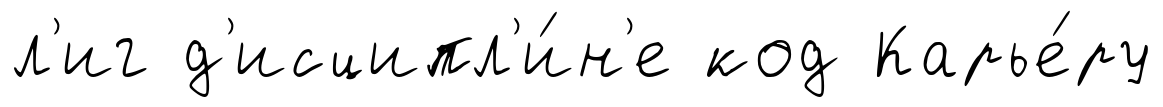
л'иг д'исципл'и́н'е код Карье́ру